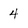
Character: 4